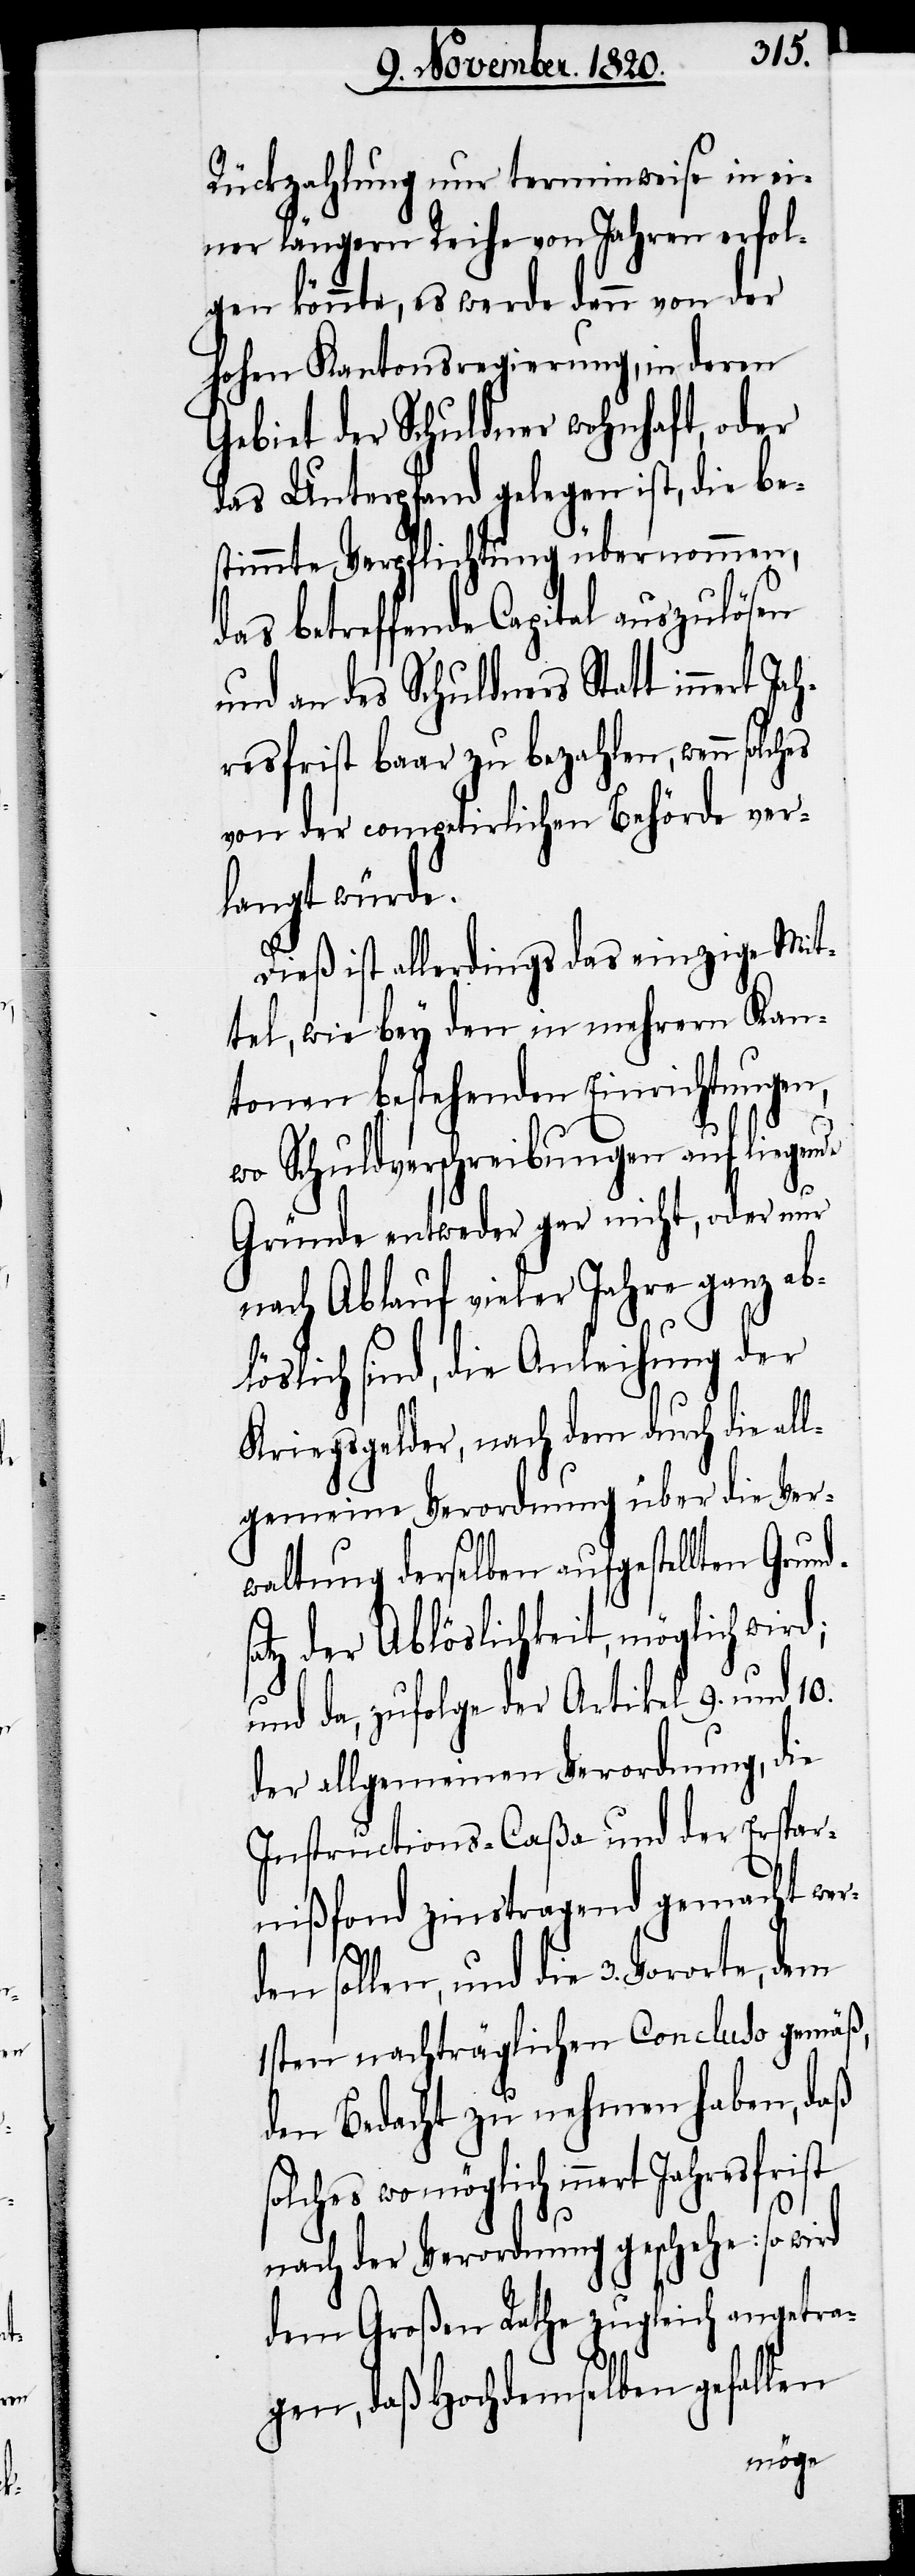
Rückzahlung nur terminweise in ei¬
ner längern Reihe von Jahren erfol¬
gen könnte, es werde denn von der
hohen Kantonsregierung in deren
Gebiet der Schuldner wohnhaft, oder
das Unterpfand gelegen ist, die be¬
stimmte Verpflichtung übernommen,
das betreffende Capital auszulösen
und an des Schuldner Statt innert J¬
resfrist baar zu bezahlen, wenn
von der competirlichen Behörde ver¬
langt würde.
Dieß ist allerdings das einzige Mit¬
tel, wie bey den in mehrern Kan¬
tonen bestehenden Einrichtungen,
wo Schuldverschreibungen auf liegen¬
Gründe entweder gar nicht, oder nur
nach Ablauf vieler Jahre ganz ab¬
löslich sind, die Anleihung der
Kriegsgelder, nach dem durch die all¬
gemeine Verordnung über die Ver¬
s¬
waltung derselben aufgestellten Grund¬
atz der Ablöslichkeit, möglich wird;
und da, zufolge der Artikel 9. und 10.
der allgemeinen Verordnung, die
Instructions-Caßa und der Erspar¬
nißfond zinstragend gemacht wer¬
den sollen, und die 3. Vororte, dem
1sten nachträglichen Concluso gemäß,
den Bedacht zu nehmen haben, daß
solches womöglich innert
nach der Verordnung geschehe: so wird
dem Großen Rathe zugleich angetra¬
gen, daß Hochdemselben gefallen